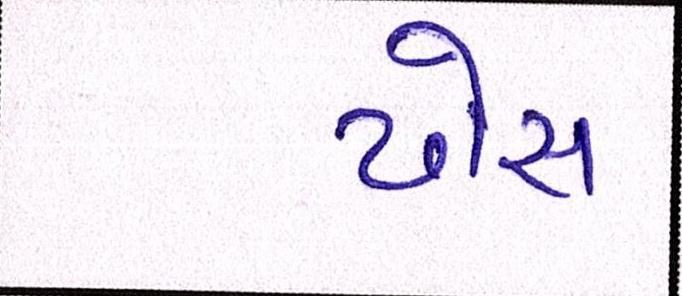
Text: ઢોસ